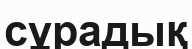
сұрадық